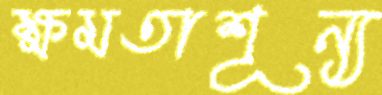
ক্ষমতাশূন্য